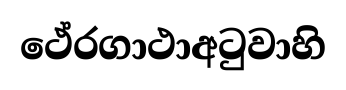
ථේරගාථාඅටුවාහි